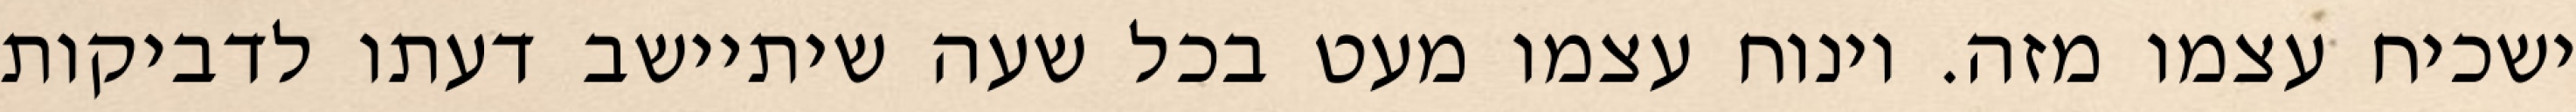
ישכיח עצמו מזה. וינוח עצמו מעט בכל שעה שיתיישב דעתו לדביקות